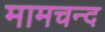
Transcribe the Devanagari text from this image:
मामचन्द